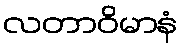
လတာဝိမာနံ